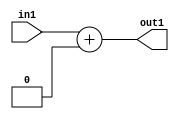
`timescale 1ps / 1ps
/*****************************************************************************
    Verilog RTL Description
    
    
    Created by: Stratus DpOpt 2019.1.01 
*******************************************************************************/

module DC_Filter_Add_10U_13_4 (
	in1,
	out1
	); /* architecture "behavioural" */ 
input [9:0] in1;
output [9:0] out1;
wire [9:0] asc001;

assign asc001 = 
	+(in1)
	+(10'B0000000000);

assign out1 = asc001;
endmodule

/* CADENCE  urjzSgk= : u9/ySgnWtBlWxVPRXgAZ4Og= ** DO NOT EDIT THIS LINE ******/